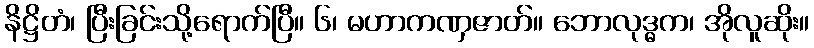
နိဋ္ဌိတံ၊ ပြီးခြင်းသို့ရောက်ပြီ။ ၆၊ မဟာကဏှဇာတ်။ ဘောလုဒ္ဓက၊ အိုလူဆိုး။